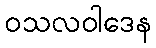
ဝသလဝါဒေန